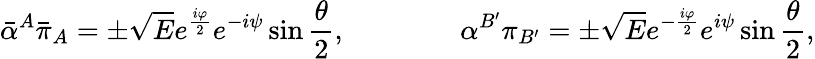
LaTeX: {\bar{\alpha}}^{A}{\bar{\pi}}_{A}=\pm{\sqrt E}e^{{\frac{i\varphi}{2}}}e^{-i\psi}\sin{\frac{\theta}{2}},\qquad\qquad\alpha^{B^{\prime}}\pi_{B^{\prime}}=\pm{\sqrt E}e^{-{\frac{i\varphi}{2}}}e^{i\psi}\sin{\frac{\theta}{2}},